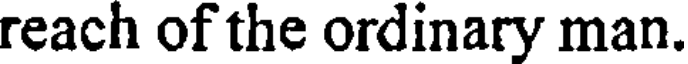
reach of the ordinary man.